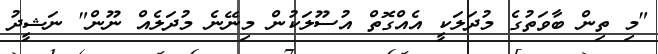
"މި ތިން ބާވަތުގެ މުދަލަކީ އެއްގޮތް އުސޫލަކުން މިނޭނެ މުދަލެއް ނޫން" ނަޝީދު